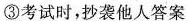
③考试时，抄袭他人答案